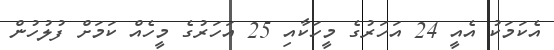
އެކަމަކު އެއީ 24 އަހަރުގެ މީހަކާއި 25 އަހަރުގެ މީހެއް ކަމަށް ފުލުހުން